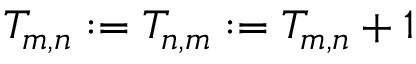
T _ { m , n } : = T _ { n , m } : = T _ { m , n } + 1